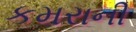
કમરાની